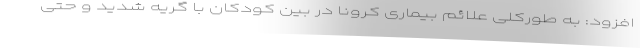
افزود: به طورکلی علائم بیماری کرونا در بین کودکان با گریه شدید و حتی